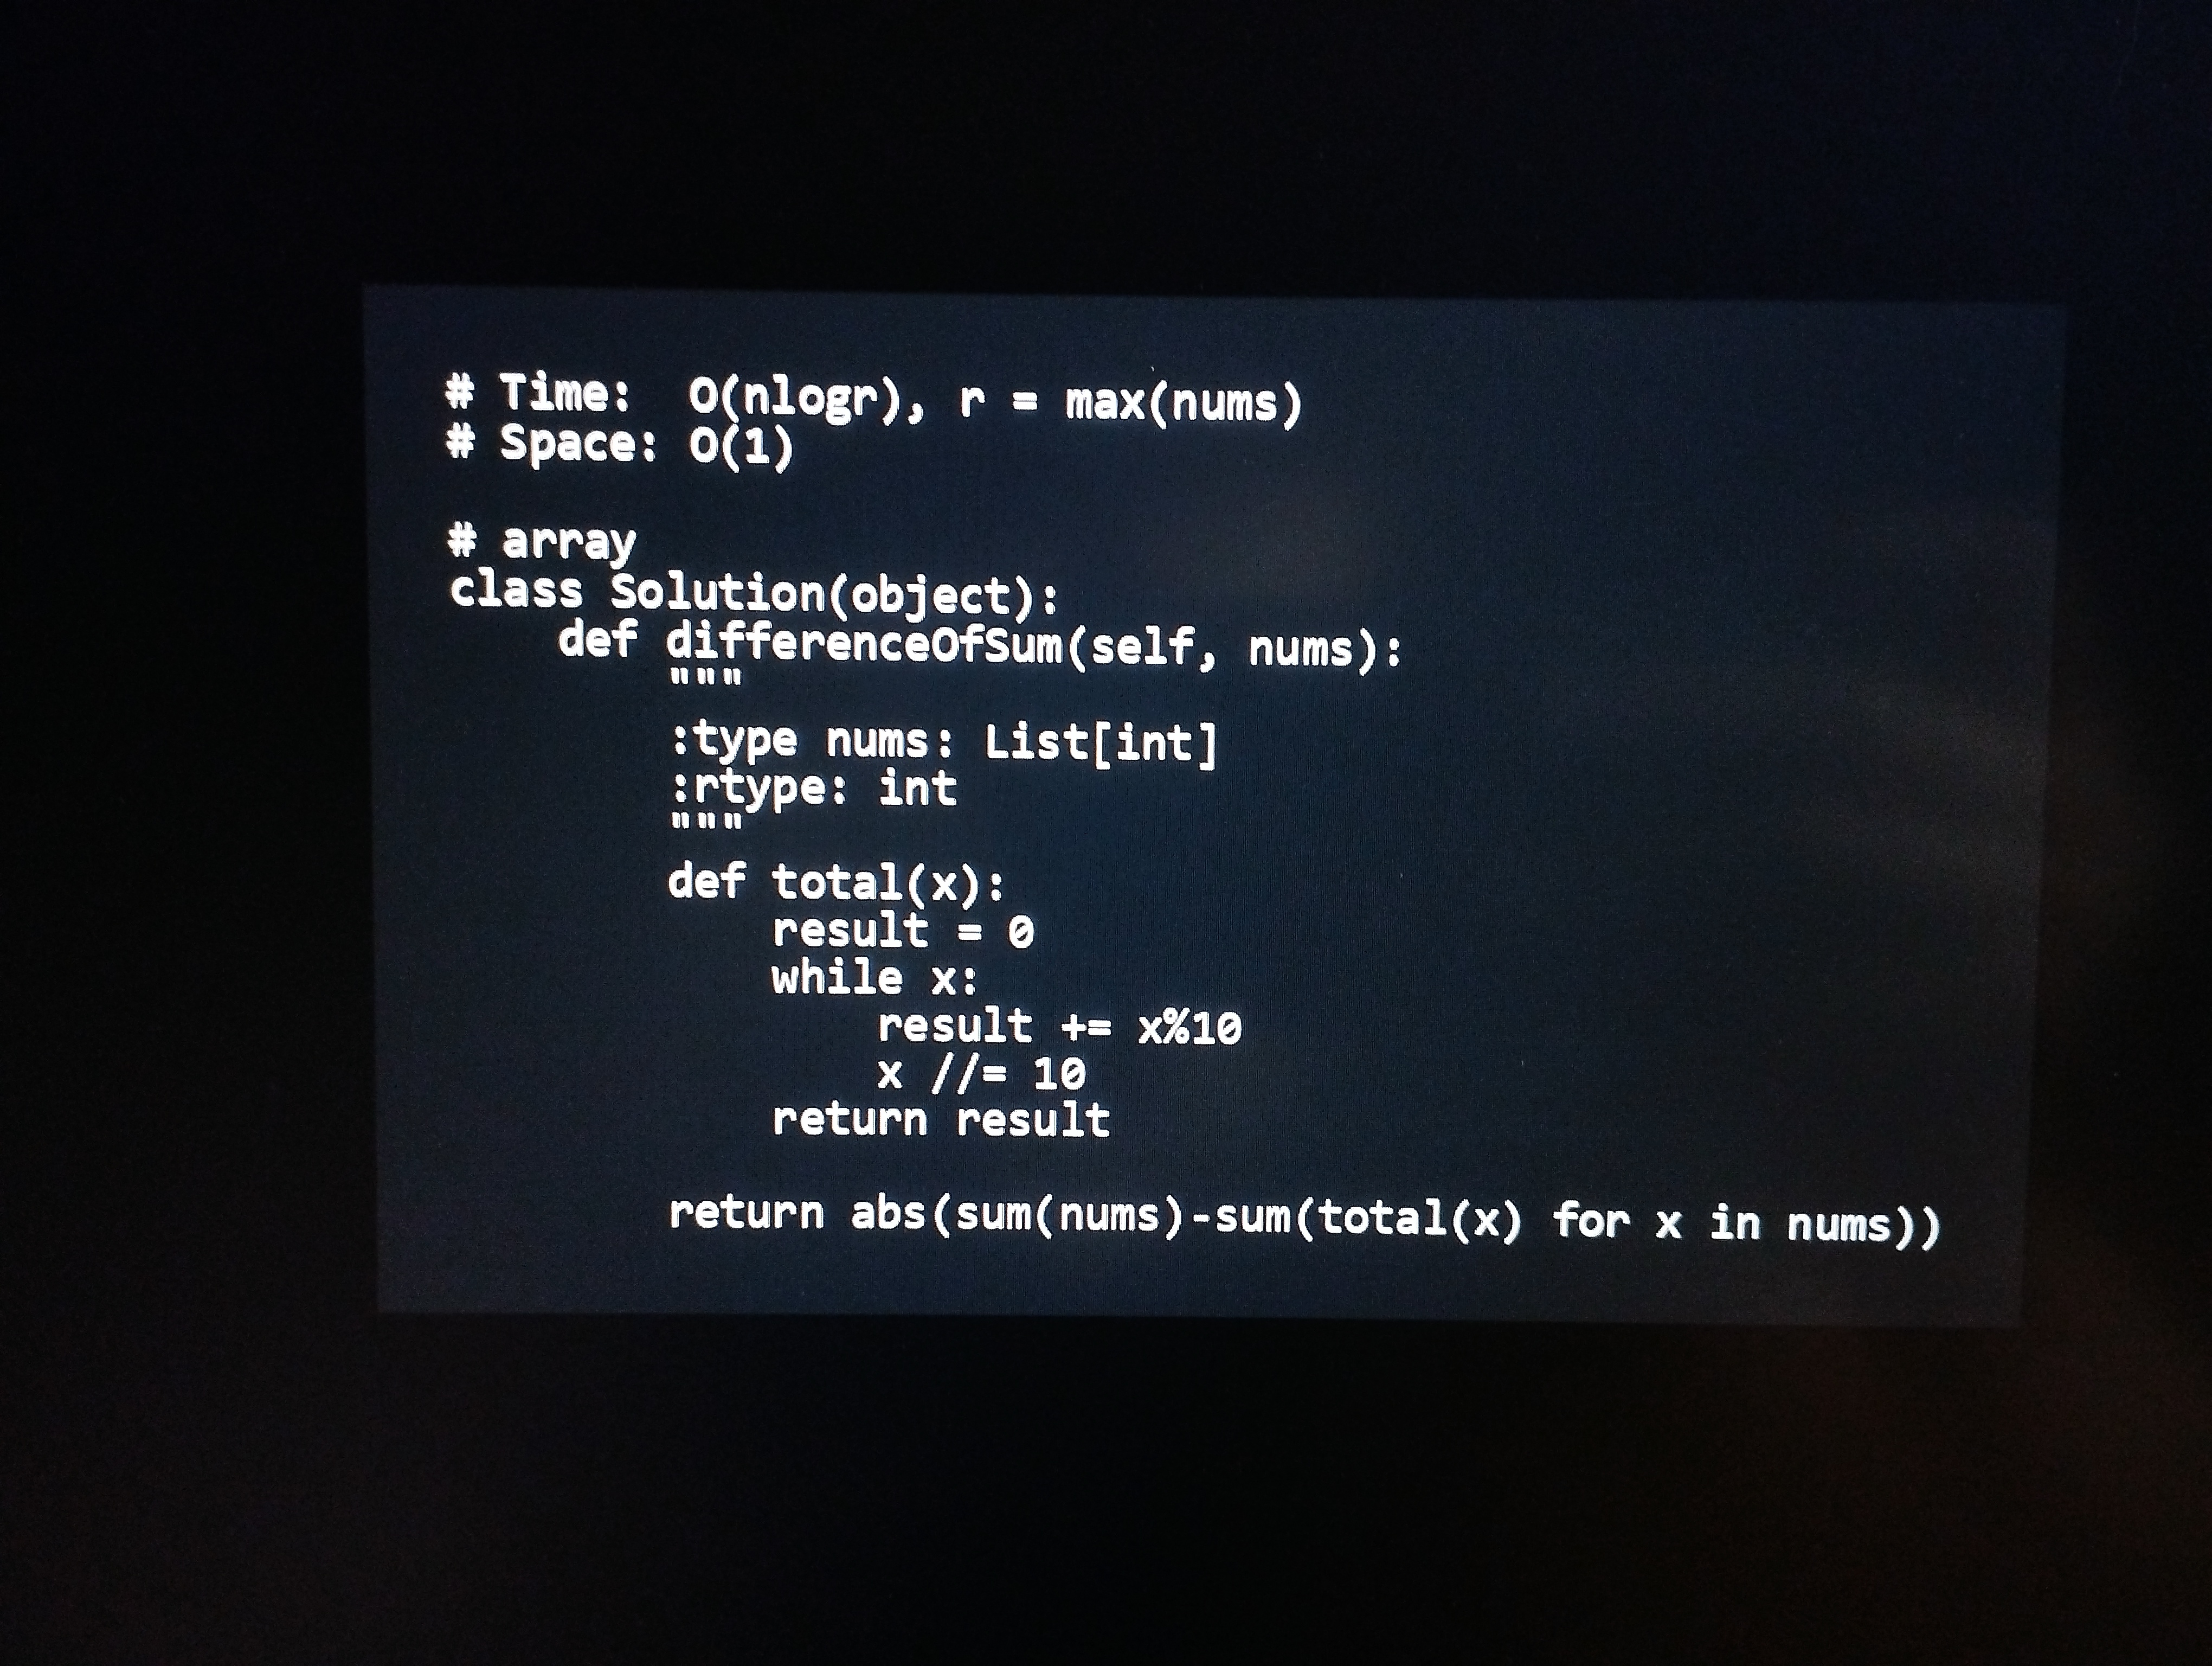
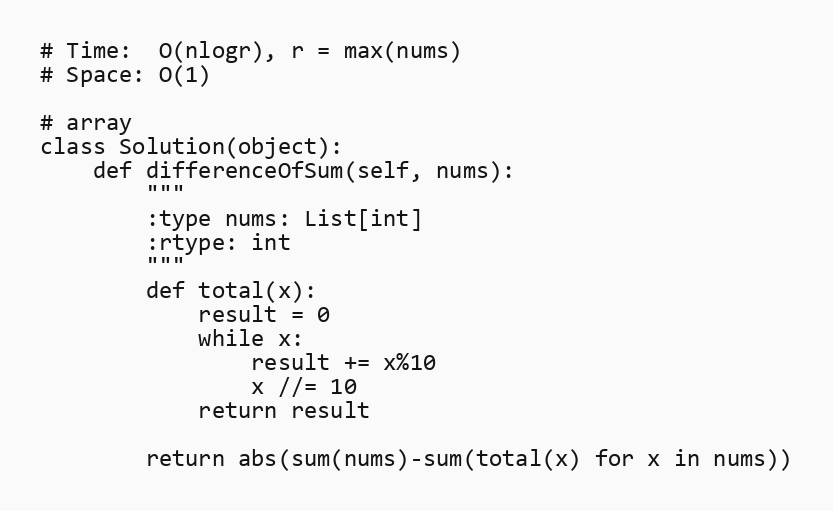
# Time:  O(nlogr), r = max(nums)
# Space: O(1)

# array
class Solution(object):
    def differenceOfSum(self, nums):
        """
        :type nums: List[int]
        :rtype: int
        """
        def total(x):
            result = 0
            while x:
                result += x%10
                x //= 10
            return result

        return abs(sum(nums)-sum(total(x) for x in nums))